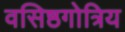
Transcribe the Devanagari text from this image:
वसिष्ठगोत्रिय